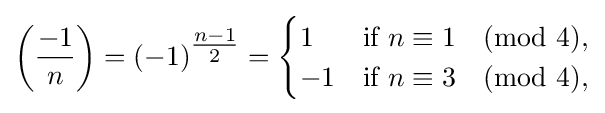
\left({\frac {-1}{n}}\right)=(-1)^{\tfrac {n-1}{2}}={\begin{cases}1&{\text{if }}n\equiv 1{\pmod {4}},\\-1&{\text{if }}n\equiv 3{\pmod {4}},\end{cases}}